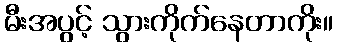
မီးအပွင့် သွားကိုက်နေတာကိုး။